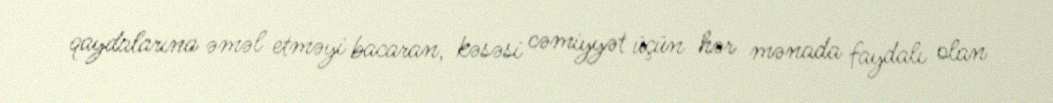
qaydalarına əməl etməyi bacaran, kəsəsi cəmiyyət üçün hər mənada faydalı olan